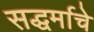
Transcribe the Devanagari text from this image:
सद्धर्माचे